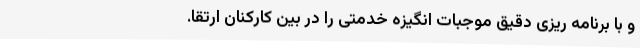
و با برنامه ریزی دقیق موجبات انگیزه خدمتی را در بین کارکنان ارتقا.